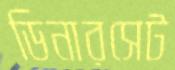
ডিনারসেট